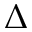
\Delta